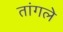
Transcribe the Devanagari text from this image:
तांगले